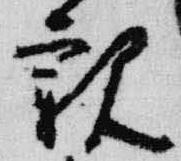
親